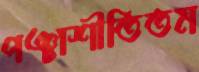
পঞ্চাশীতিতম